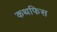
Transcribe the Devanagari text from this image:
कथफिस